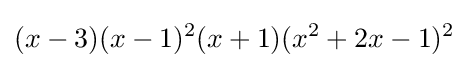
(x-3)(x-1)^{2}(x+1)(x^{2}+2x-1)^{2}